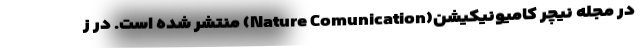
در مجله نیچر کامیونیکیشن(Nature Comunication) منتشر شده است. در ز